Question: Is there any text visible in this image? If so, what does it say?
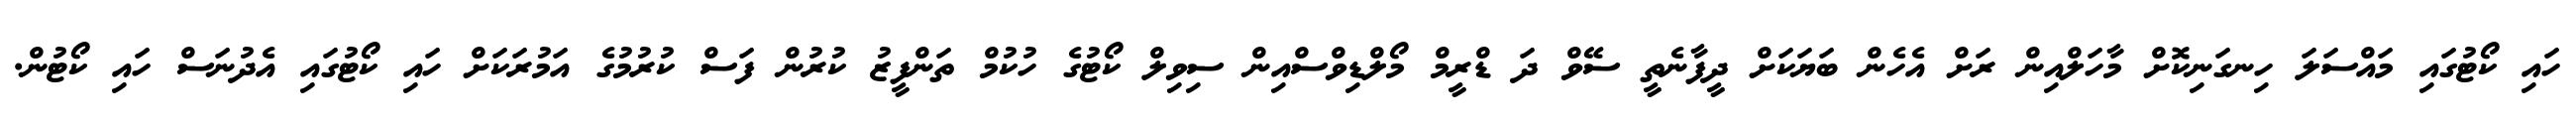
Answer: ހައި ކޯޓުގައި މައްސަލަ ހިނގަނިކޮށް މާހަލްއިން ރަށް އެހެން ބަޔަކަށް ދީފާނެތީ ސޭވް ދަ ޑްރީމް މޯލްޑިވްސްއިން ސިވިލް ކޯޓުގެ ހުކުމް ތަންފީޒު ކުރުން ފަސް ކުރުމުގެ އަމުރަކަށް ހައި ކޯޓުގައި އެދުނަސް ހައި ކޯޓުން.